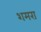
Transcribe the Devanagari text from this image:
शमरा